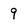
Character: 9